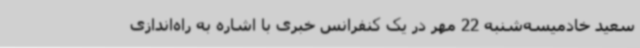
سعید خادمیسه‌شنبه 22 مهر در یک کنفرانس خبری با اشاره به راه‌اندازی